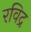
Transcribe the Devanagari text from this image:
रविद्र